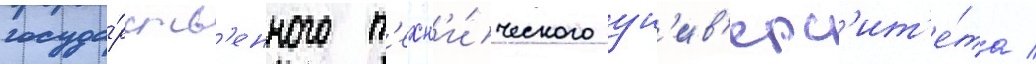
госуда́рств'енного т'ехн'и́ческого ун'ив'ерс'ит'е́та /